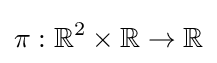
\pi :\mathbb {R} ^{2}\times \mathbb {R} \to \mathbb {R}